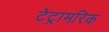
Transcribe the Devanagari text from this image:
टेट्रामरिक